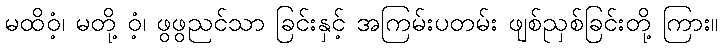
မထိဝံ့၊ မတို့ ဝံ့၊ ဖွဖွညင်သာ ခြင်းနှင့် အကြမ်းပတမ်း ဖျစ်ညှစ်ခြင်းတို့ ကြား။